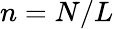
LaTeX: n=N/L